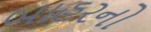
બાહરનો